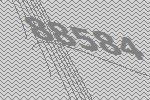
88584